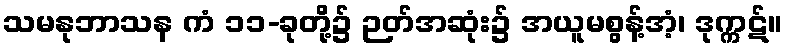
သမနုဘာသန ကံ ၁၁-ခုတို့၌ ဉတ်အဆုံး၌ အယူမစွန့်အံ့၊ ဒုက္ကဋ်။